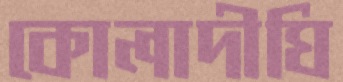
কোলাদীঘি